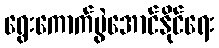
ရွေးကောက်ပွဲအောင်နိုင်ရေး